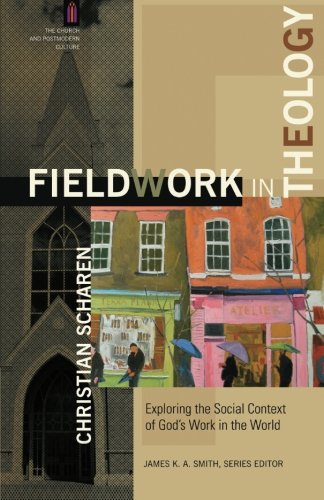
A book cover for Fieldwork in Theology: Exploring the Social Context of God's Work in the World (The Church and Postmodern Culture); Christian Scharen; Christian Books & Bibles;